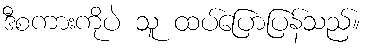
ဒီစကားကိုပဲ သူ ထပ်ပြောပြန်သည်။